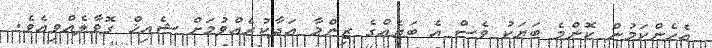
އެހެންކަމުން ކޮންމެ ބަޔަކު ވެސް އެ ބަޔެއްގެ ޒިންމާ އަދާކުރެއްވުމަށް ޝެއިޚް ގޮވާލެއްވިއެވެ.